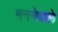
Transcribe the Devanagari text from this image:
मननेवाले